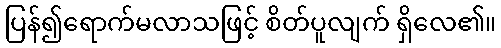
ပြန်၍ရောက်မလာသဖြင့် စိတ်ပူလျက် ရှိလေ၏။